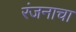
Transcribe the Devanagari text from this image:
रंजनाचा